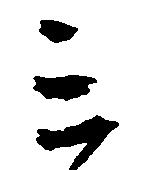
ミ